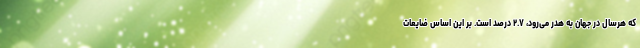
که هرسال در جهان به هدر می‌رود، ۲.۷ درصد است. بر این اساس ضایعات